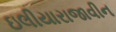
ઇલીયારાજાવીન